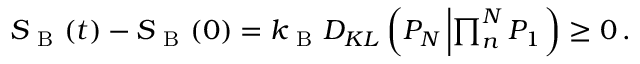
\begin{array} { r } { S _ { \mathrm { ~ B ~ } } ( t ) - S _ { \mathrm { ~ B ~ } } ( 0 ) = k _ { \mathrm { ~ B ~ } } D _ { K L } \left( P _ { N } \left| \prod _ { n } ^ { N } P _ { 1 } \right. \right) \geq 0 \, . } \end{array}